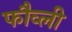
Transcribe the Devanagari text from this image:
फौव्ली